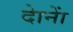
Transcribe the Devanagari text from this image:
दाेनाें